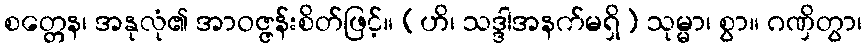
စတ္တေန၊ အနုလုံ၏ အာဝဇ္ဇန်းစိတ်ဖြင့်။ (ဟိ၊ သဒ္ဒါအနက်မရှိ) သုမ္မာ၊ စွာ။ ဂဏှိတွာ၊